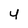
Character: 4